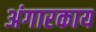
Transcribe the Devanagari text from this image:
अंगारकाय